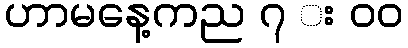
ဟာမနေ့ကည ၇ း ၀၀